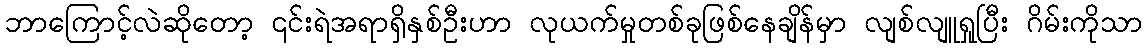
ဘာကြောင့်လဲဆိုတော့ ၎င်းရဲအရာရှိနှစ်ဦးဟာ လုယက်မှုတစ်ခုဖြစ်နေချိန်မှာ လျစ်လျူရှုပြီး ဂိမ်းကိုသာ